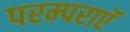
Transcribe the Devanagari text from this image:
परम्पराएॅ